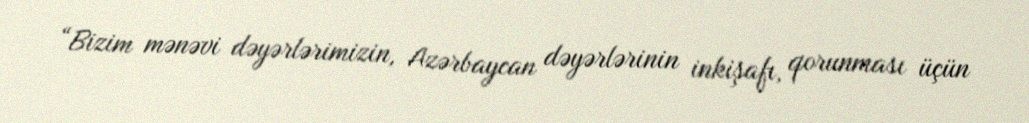
“Bizim mənəvi dəyərlərimizin, Azərbaycan dəyərlərinin inkişafı, qorunması üçün